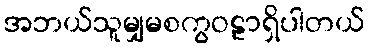
အဘယ်သူမျှမစကွဝဠာရှိပါတယ်